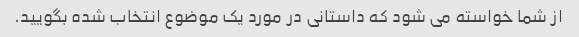
از شما خواسته می شود که داستانی در مورد یک موضوع انتخاب شده بگویید.